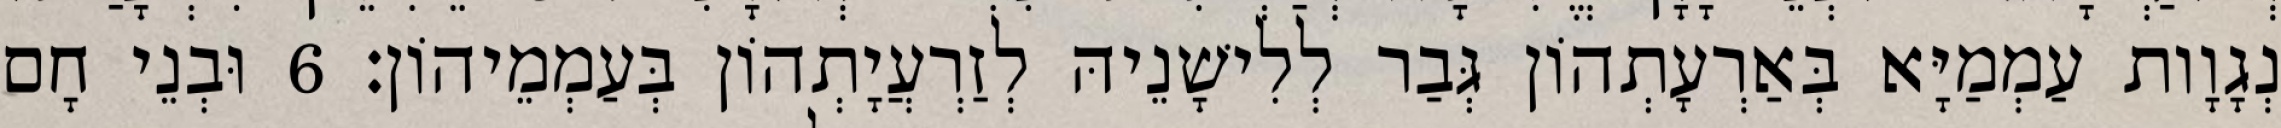
נְגָוָות עַמְמַיָּא בְּאַרְעָתְהוֹן גְּבַר לְלִישָׁנֵיהּ לְזַרְעֲיָתְהוֹן בְּעַמְמֵיהוֹן׃ 6 וּבְנֵי חָם